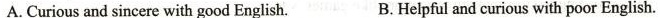
A.Curious and sincere with good English. B.Helpful and curious with poor English.